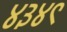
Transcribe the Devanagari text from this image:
४३४९